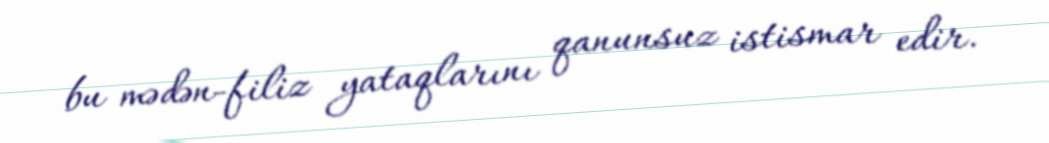
bu mədən-filiz yataqlarını qanunsuz istismar edir.